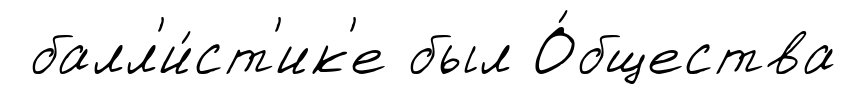
балл'и́ст'ик'е был О́бщества